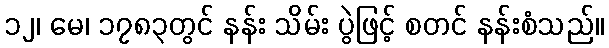
၁၂၊ မေ၊ ၁၇၈၃တွင် နန်း သိမ်း ပွဲဖြင့် စတင် နန်းစံသည်။